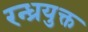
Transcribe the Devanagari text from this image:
रन्ध्रयुक्त